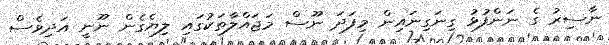
ނާސިރު ގެ ނަންފުޅު ގިނަގިނައިން މިފަދަ ނޫސް މަޖައްލާތަކުގައި ލިޔެގެން ނޫނީ އަދިވެސް